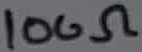
Text: 100Ω